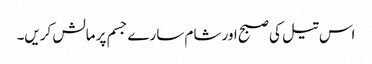
اس تیل کی صبح اور شام سارے جسم پر مالش کریں۔